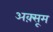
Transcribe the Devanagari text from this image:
अक़्सूम